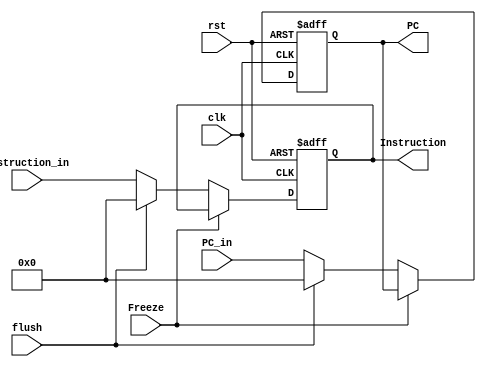
module IF_Stage_reg
  (
    input clk,
    input rst,
    input Freeze,
    input[31:0] PC_in,
    input[31:0] Instruction_in,
    input flush,
    output reg[31:0] PC,
    output reg[31:0] Instruction

  );

  always @(posedge clk, posedge rst)
    begin
      if(rst)
			   begin
            PC <= 32'b0;
            Instruction <= 32'b0;
			   end
      else if (Freeze == 1'b0)
    		if(flush)
            begin
    			     PC <= 32'b0;
               Instruction <= 32'b0;
    			  end
      else
        begin
            PC <= PC_in;
            Instruction <= Instruction_in;
        end

    end
endmodule